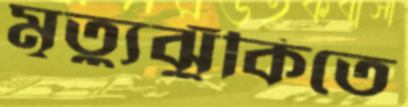
মৃত্যুঝুঁকিতে